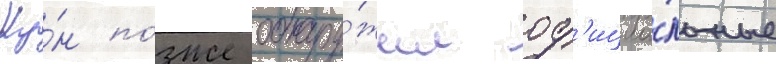
Ку́н по́зже обнару́жил оф'ициа́льные